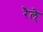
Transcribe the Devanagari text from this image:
रैल्े